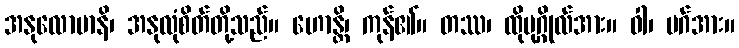
အနုလောမာနိ၊ အနုလုံစိတ်တို့သည်။ ဟောန္တိ၊ ကုန်၏။ တဿ၊ ထိုပုဂ္ဂိုလ်အား။ ဝါ၊ မဂ်အား။